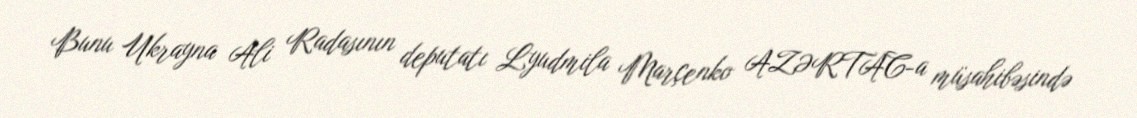
Bunu Ukrayna Ali Radasının deputatı Lyudmila Marçenko AZƏRTAC-a müsahibəsində